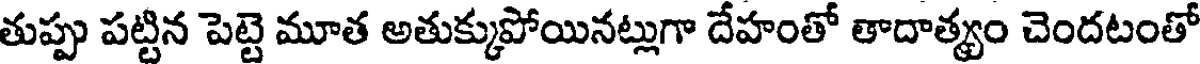
తుప్పు పట్టిన పెట్టె మూత అతుక్కుపోయినట్లుగా దేహంతో తాదాత్యం చెందటంతో